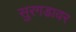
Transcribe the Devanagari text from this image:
सुरगडावर